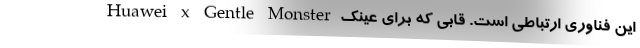
این فناوری ارتباطی است. قابی که برای عینک Huawei x Gentle Monster